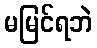
မမြင်ရဘဲ